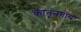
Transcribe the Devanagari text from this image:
कानूनगोय